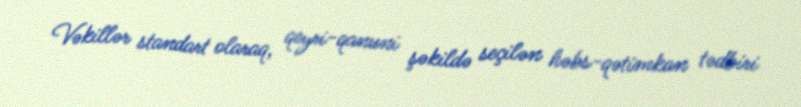
Vəkillər standart olaraq, qeyri-qanuni şəkildə seçilən həbs-qətimkan tədbiri